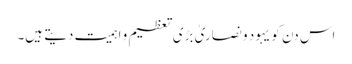
اس دن کو یہود و نصاریٰ بڑی تعظیم و اہمیت دیتے ہیں۔